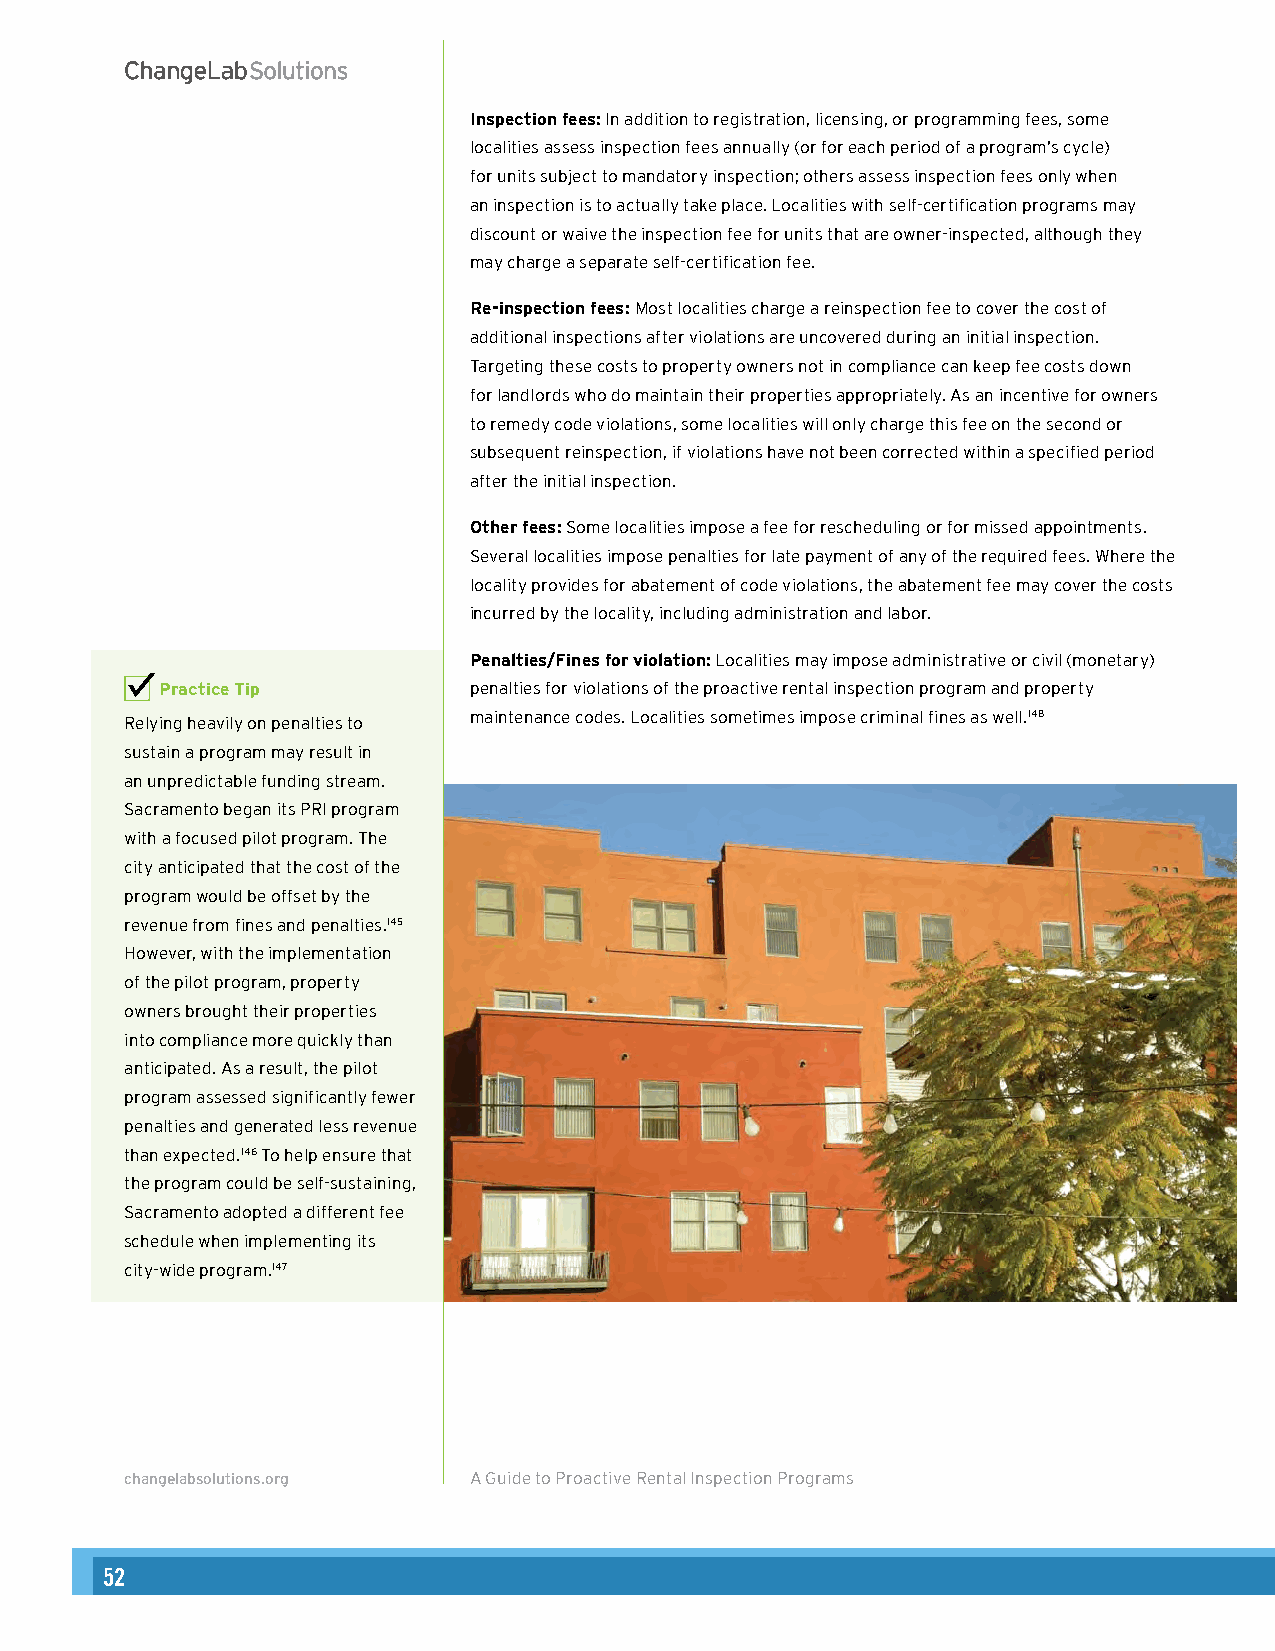
Inspection fees: In addition to registration, licensing, or programming fees, some
 localities assess inspection fees annually (or for each period of a program’s cycle)
 for units subject to mandatory inspection; others assess inspection fees only when
 an inspection is to actually take place. Localities with self-certification programs may
 discount or waive the inspection fee for units that are owner-inspected, although they
 may charge a separate self-certification fee.
 Re-inspection fees: Most localities charge a reinspection fee to cover the cost of
 additional inspections after violations are uncovered during an initial inspection.
 Targeting these costs to property owners not in compliance can keep fee costs down
 for landlords who do maintain their properties appropriately. As an incentive for owners
 to remedy code violations, some localities will only charge this fee on the second or
 subsequent reinspection, if violations have not been corrected within a specified period
 after the initial inspection.
 Other fees: Some localities impose a fee for rescheduling or for missed appointments.
 Several localities impose penalties for late payment of any of the required fees. Where the
 locality provides for abatement of code violations, the abatement fee may cover the costs
 incurred by the locality, including administration and labor.
 Penalties/Fines for violation: Localities may impose administrative or civil (monetary)
 Practice Tip        penalties for violations of the proactive rental inspection program and property
 Relying heavily on penalties to maintenance codes. Localities sometimes impose criminal fines as well.148
 sustain a program may result in
 an unpredictable funding stream.
 Sacramento began its PRI program
 with a focused pilot program. The
 city anticipated that the cost of the
 program would be offset by the
 revenue from fines and penalties.145
 However, with the implementation
 of the pilot program, property
 owners brought their properties
 into compliance more quickly than
 anticipated. As a result, the pilot
 program assessed significantly fewer
 penalties and generated less revenue
 than expected.146 To help ensure that
 the program could be self-sustaining,
 Sacramento adopted a different fee
 schedule when implementing its
 city-wide program.147
 changelabsolutions.org A Guide to Proactive Rental Inspection Programs 20
 52                                                                                                                                                        53